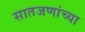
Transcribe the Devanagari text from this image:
सातजणांच्या